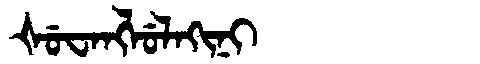
Manchu: ᡧᡠᠸᠠᠩᠯᡠᠯᠠᡴᡳᠨᡳ
Romanization: ŠUWANGLULAKINI